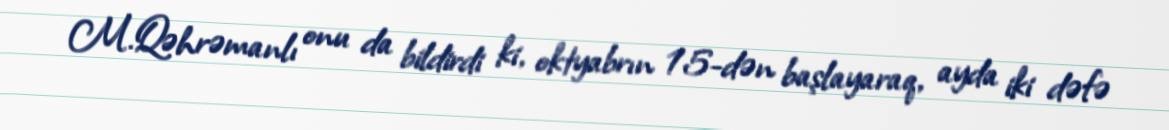
M.Qəhrəmanlı onu da bildirdi ki, oktyabrın 15-dən başlayaraq, ayda iki dəfə